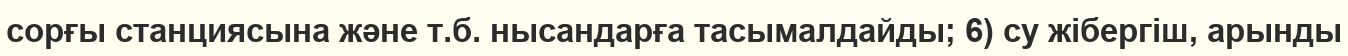
сорғы станциясына және т.б. нысандарға тасымалдайды; 6) су жібергіш, арынды